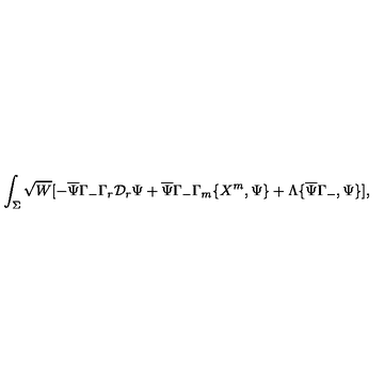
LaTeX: \int _ { \Sigma } \sqrt { W } [ - \overline { { \Psi } } \Gamma _ { - } \Gamma _ { r } \mathcal { D } _ { r } \Psi + \overline { { \Psi } } \Gamma _ { - } \Gamma _ { m } \{ X ^ { m } , \Psi \} + \Lambda \{ \overline { { \Psi } } \Gamma _ { - } , \Psi \} ] ,